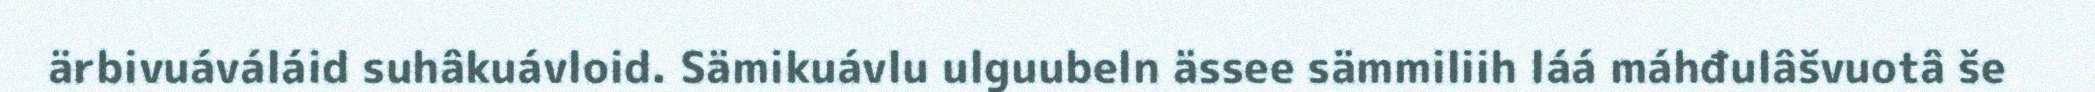
ärbivuáváláid suhâkuávloid. Sämikuávlu ulguubeln ässee sämmiliih láá máhđulâšvuotâ še